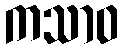
ကသာဝ